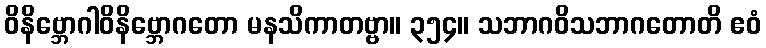
ဝိနိဗ္ဘောဂါဝိနိဗ္ဘောဂတော မနသိကာတဗ္ဗာ။ ၃၅၄။ သဘာဂဝိသဘာဂတောတိ ဧဝံ